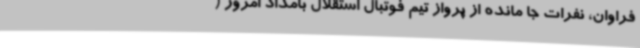
فراوان، نفرات جا مانده از پرواز تیم فوتبال استقلال بامداد امروز (